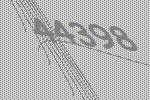
44398